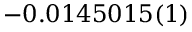
- 0 . 0 1 4 5 0 1 5 ( 1 )